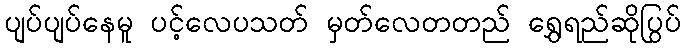
ပျပ်ပျပ်နေမူ ပင့်လေပသတ် မှတ်လေတတည် ရွှေရည်ဆိုပြွပ်